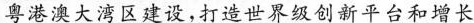
粤港澳大湾区建设，打造世界级创新平台和增长